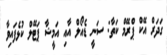
ގަދަރް އޭކް ޕްރޭމް ކަތާ: ސަނީ ޑެއޯލް އާއި އަމީޝާ ޕަޓޭލް ކުޅެފައިވާ